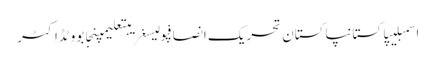
اسمبلیپاکستانپاکستان تحریک انصافپولیسغریبتعلیمپنجابووٹڈاکٹر